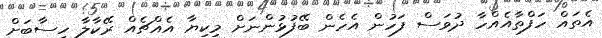
އެތައް ހަފްތާއެއްހާ ދުވަސް ފަހުން އެހެން ބޭފުޅުންނަށް މިކިޔާ އެއްޗެއް ރޭކާލާ ހިސާބަށް